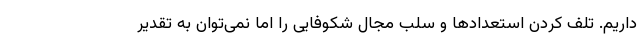
داریم. تلف کردن استعدادها و سلب مجال شکوفایی را اما نمی‌توان به تقدیر